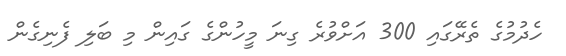
ހެދުމުގެ ތެރޭގައި 300 އަށްވުރެ ގިނަ މީހުންގެ ގައިން މި ބަލި ފެނިގެން